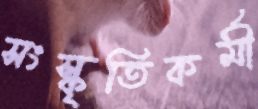
সংস্কৃতিকর্মী